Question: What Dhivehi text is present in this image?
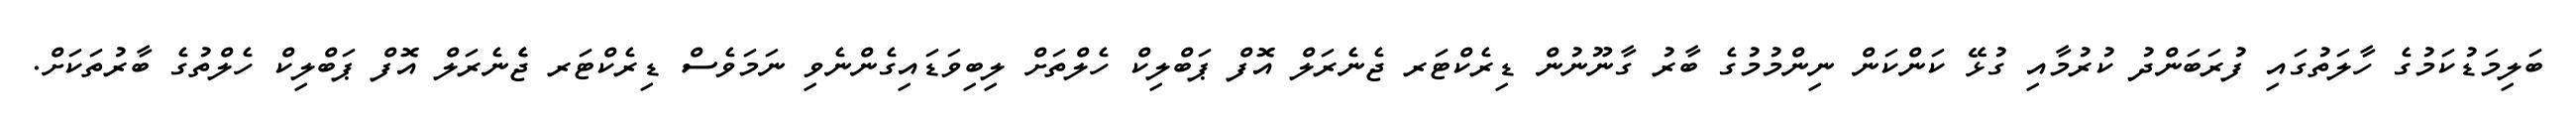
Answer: ބަލިމަޑުކަމުގެ ހާލަތުގައި ފުރަބަންދު ކުރުމާއި ގުޅޭ ކަންކަން ނިންމުމުގެ ބާރު ގާނޫނުން ޑިރެކްޓަރ ޖެނެރަލް އޮފް ޕަބްލިކް ހެލްތަށް ލިބިވަޑައިގެންނެވި ނަމަވެސް ޑިރެކްޓަރ ޖެެނެރަލް އޮފް ޕަބްލިކް ހެލްތުގެ ބާރުތަކަށް.